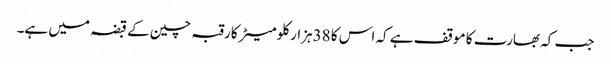
جب کہ بھارت کا موقف ہے کہ اس کا 38ہزار کلومیٹر کا رقبہ چین کے قبضہ میں ہے۔